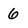
Character: 6